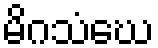
မိဂသံဃေ